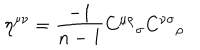
\eta ^ { \mu \nu } = \frac { - 1 } { n - 1 } { C ^ { \mu \rho } } _ { \sigma } { C ^ { \nu \sigma } } _ { \rho }